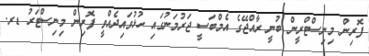
ފޮރިން މިނިސްޓްރީން ބުނީ ރާއްޖޭގެ އެމްބަސީ ޖަރުމަނުގައި ހުޅުވައިދެއްވީ ފޮރިން މިނިސްޓަރު ޑރ.